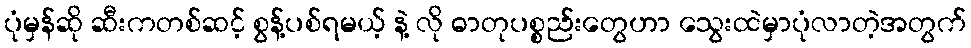
ပုံမှန်ဆို ဆီးကတစ်ဆင့် စွန့်ပစ်ရမယ့် နဲ့ လို ဓာတုပစ္စည်းတွေဟာ သွေးထဲမှာပုံလာတဲ့အတွက်